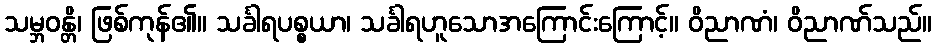
သမ္ဘဝန္တိ၊ ဖြစ်ကုန်၏။ သင်္ခါရပစ္စယာ၊ သင်္ခါရဟူသောအကြောင်းကြောင့်။ ဝိညာဏံ၊ ဝိညာဏ်သည်။